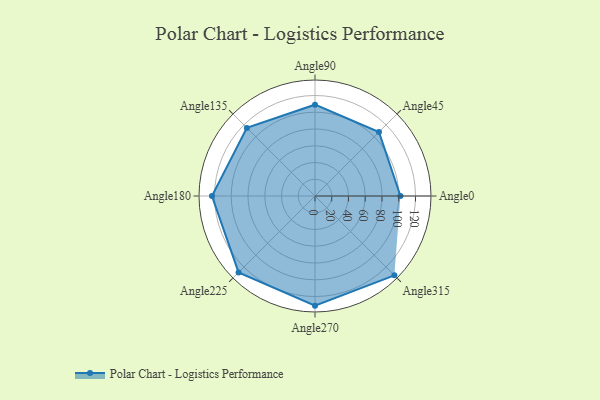
{"axis": {"x": "Angle", "y": "Radius"}, "legend": [""], "data": [{"x": "Angle0", "y": 102.0, "type": ""}, {"x": "Angle45", "y": 108.0, "type": ""}, {"x": "Angle90", "y": 109.0, "type": ""}, {"x": "Angle135", "y": 115.0, "type": ""}, {"x": "Angle180", "y": 123.0, "type": ""}, {"x": "Angle225", "y": 129.0, "type": ""}, {"x": "Angle270", "y": 131.0, "type": ""}, {"x": "Angle315", "y": 134.0, "type": ""}]}